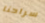
سراحنا